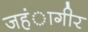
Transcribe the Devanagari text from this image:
जहंागीर